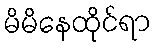
မိမိနေထိုင်ရာ